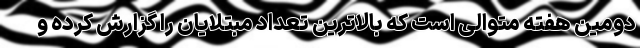
دومین هفته متوالی است که بالاترین تعداد مبتلایان را گزارش کرده و